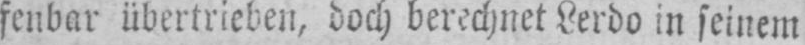
fenbar übertrieben, doch berechnet Lerdo in seinem